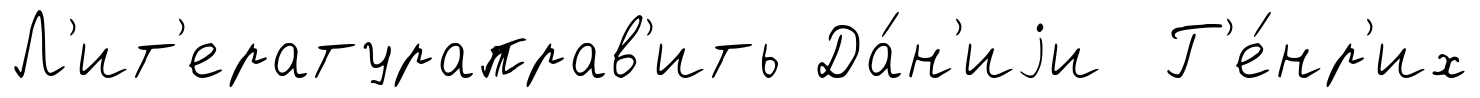
Л'ит'ератураправ'ить Да́н'иjи Г'е́нр'их